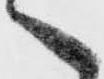
へ